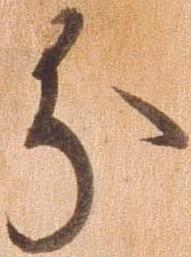
分